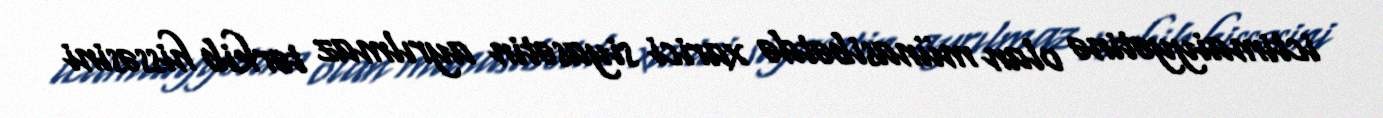
ictimaiyyətinə olan münasibətdə xarici siyasətin ayrılmaz tərkib hissəsini